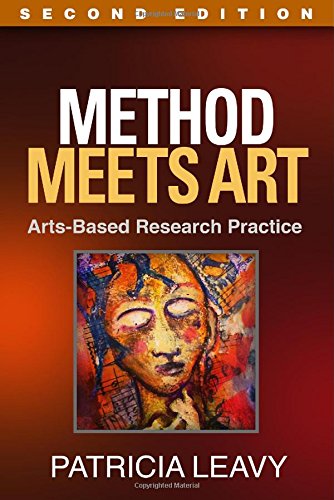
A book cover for Method Meets Art, Second Edition: Arts-Based Research Practice; Patricia Leavy PhD; Medical Books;